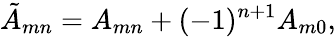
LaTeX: \tilde{A}_{mn}=A_{mn}+(-1)^{n+1}A_{m0},